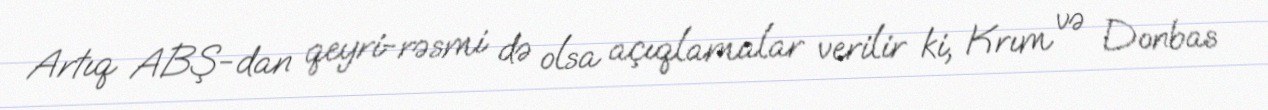
Artıq ABŞ-dan qeyri-rəsmi də olsa açıqlamalar verilir ki, Krım və Donbas